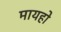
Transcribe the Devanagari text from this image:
मायहो